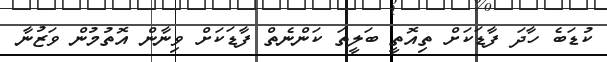
ކުޑަބެ ހާދަ ފާޑަކަށް ތިއޮތީ ބަލީތަ ކަންނެތް ފާޑަކަށް ވިނާން އޮތުމުން ވަޒުނާ